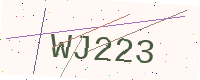
Text: WJ223